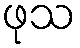
ဖုသ